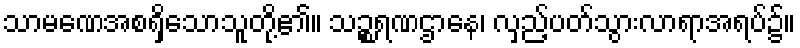
သာမဏေအစရှိသောသူတို့၏။ သဉ္စရဏဌာနေ၊ လှည့်ပတ်သွားလာရာအရပ်၌။